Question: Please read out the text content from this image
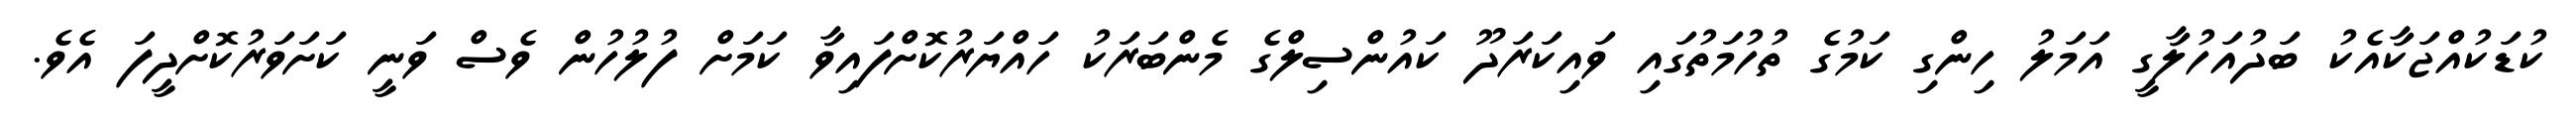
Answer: ކުޑަކުއްޖަކާއެކު ބަދުއަހުލާގީ އަމަލު ހިންގި ކަމުގެ ތުހުމަތުގައި ވައިކަރަދޫ ކައުންސިލްގެ މެންބަރަކު ހައްޔަރުކޮށްފައިވާ ކަމަށް ފުލުހުން ވެސް ވަނީ ކަށަވަރުކޮށްދީފަ އެވެ.